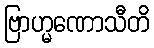
ဗြာဟ္မဏောသီတိ